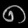
Digit: ၈